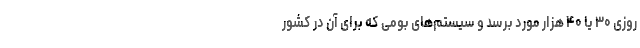
روزی ۳۰ یا ۴۰ هزار مورد برسد و سیستم‌های بومی که برای آن در کشور